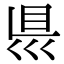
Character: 𥄉